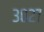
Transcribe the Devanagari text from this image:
३०२७